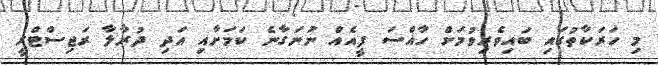
މި ހަރަކާތުގައި ބައިވެރިވުމަށް ހާއްސަ ފީއެއް ނުނަގާނެ ކަމަށާއި އަދި ދުރާލާ ރަޖިސްޓްރީ